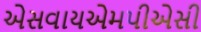
એસવાયએમપીએસી